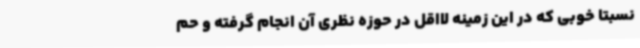
نسبتا خوبی که در این زمینه لااقل در حوزه نظری آن انجام گرفته و حم